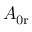
A _ { \mathrm { 0 r } }